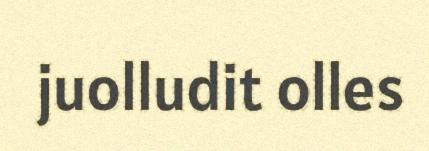
juolludit olles